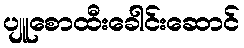
ပျူစောထီးခေါင်းဆောင်